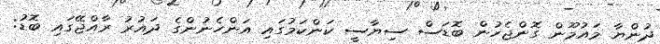
ދުންޔާ މައުމޫން ގޮންޖެހުން ބޮޑަސް ސިޔާސީ ކަންކަމުގައި އަންހެނުންގެ ދައުރު ރާއްޖޭގައި ބޮޑު: